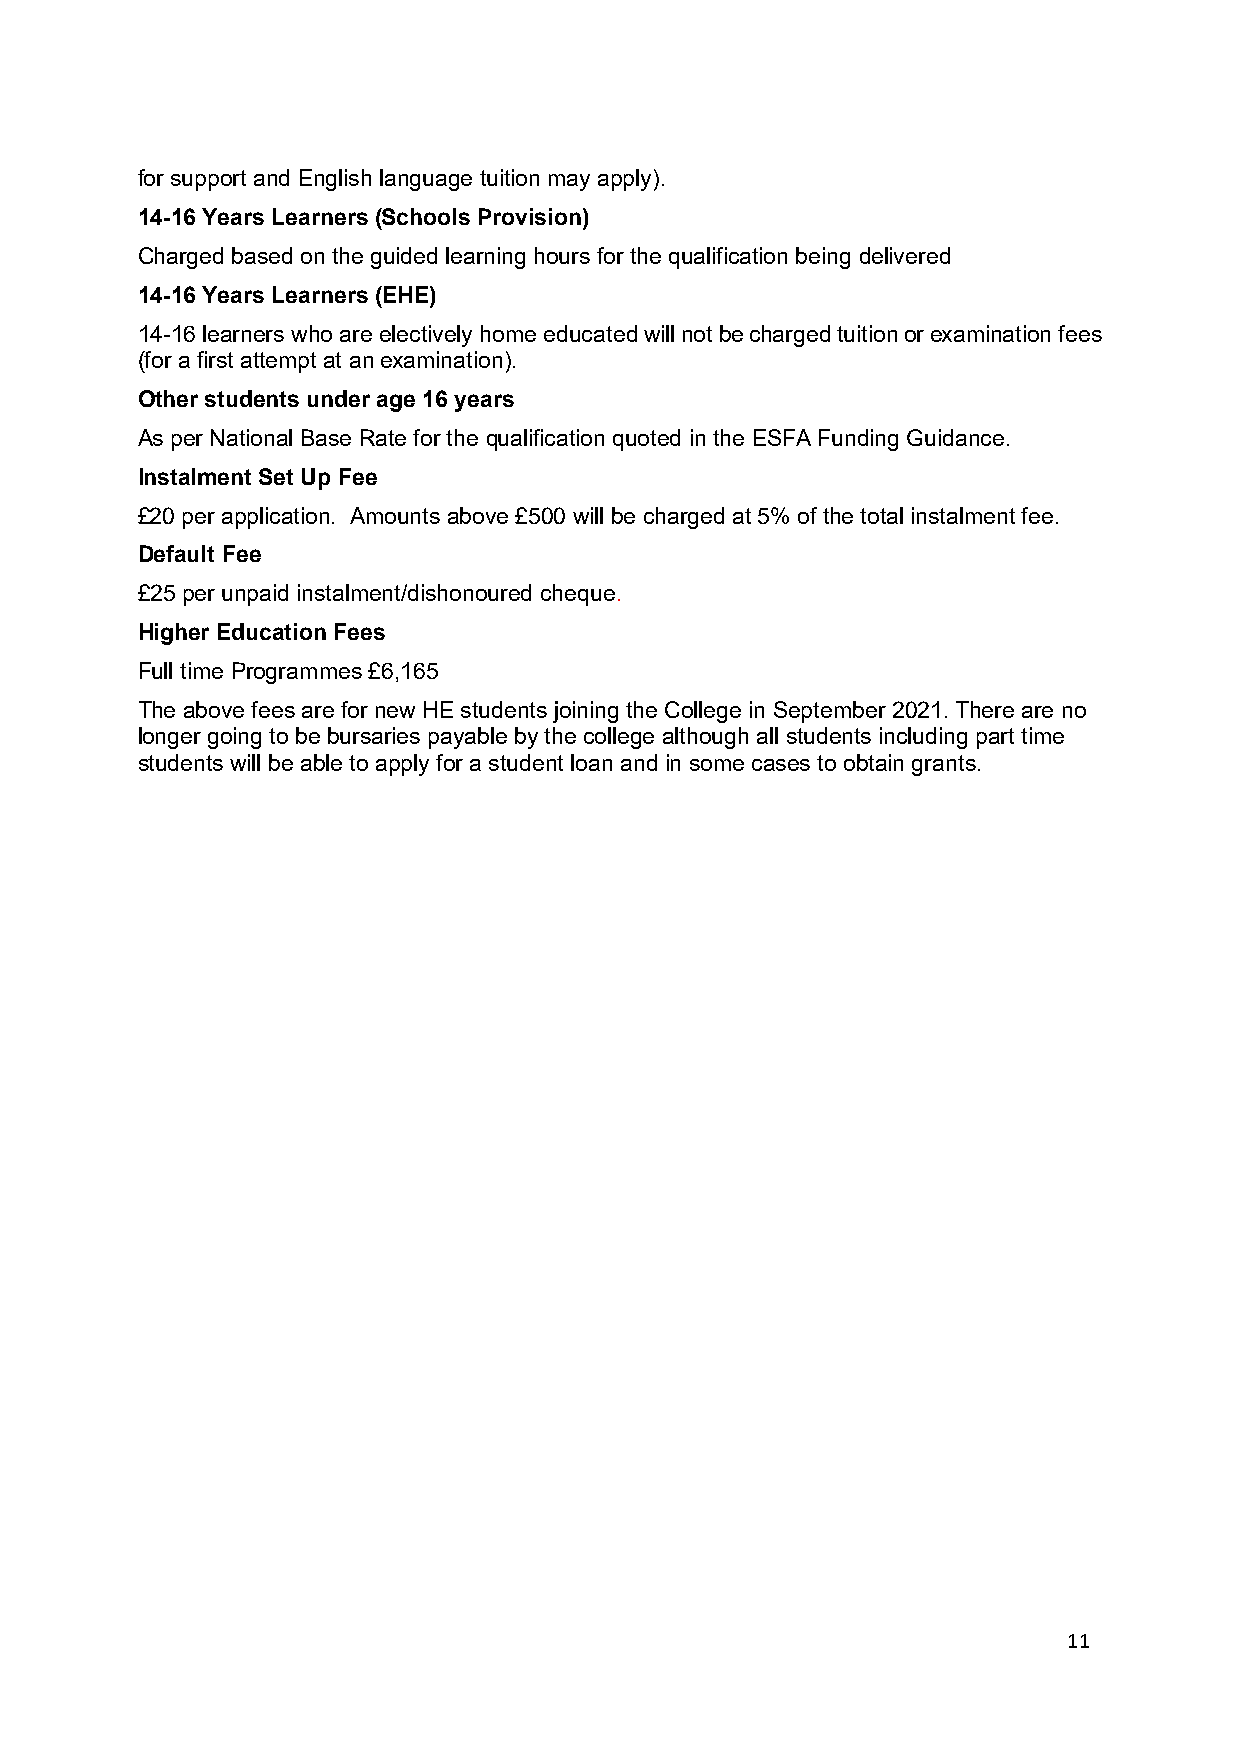
for support and English language tuition may apply).
 14-16 Years Learners (Schools Provision)
 Charged based on the guided learning hours for the qualification being delivered
 14-16 Years Learners (EHE)
 14-16 learners who are electively home educated will not be charged tuition or examination fees
 (for a first attempt at an examination).
 Other students under age 16 years
 As per National Base Rate for the qualification quoted in the ESFA Funding Guidance.
 Instalment Set Up Fee
 £20 per application. Amounts above £500 will be charged at 5% of the total instalment fee.
 Default Fee
 £25 per unpaid instalment/dishonoured cheque.
 Higher Education Fees
 Full time Programmes £6,165
 The above fees are for new HE students joining the College in September 2021. There are no
 longer going to be bursaries payable by the college although all students including part time
 students will be able to apply for a student loan and in some cases to obtain grants.
 11